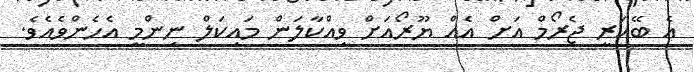
އެ ބޭކަރީ ޖެރޯމް އަށް އެއް ޔޫރޯއަށް ވިއްކާލަން މައިކަލް ނިންމީ އެހެންވެއެވެ.